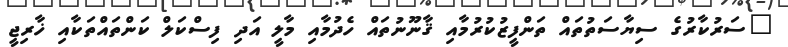
"ސަރުކާރުގެ ސިޔާސަތުތައް ތަންފީޒުކުރުމާއި ޤާނޫނުތައް ހެދުމާއި މާލީ އަދި ފިސްކަލް ކަންތައްތަކާއި ޚާރިޖީ